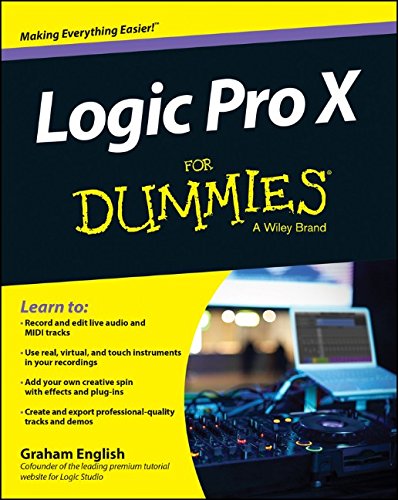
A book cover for Logic Pro X For Dummies; Graham English; Arts & Photography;